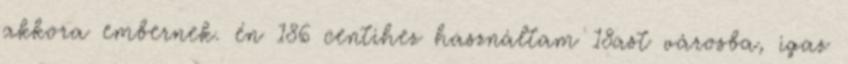
akkora embernek. én 186 centihez használtam 18ast városba, igaz